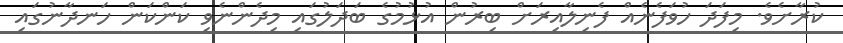
ކުރާށެވެ. މިފަދަ ހުވަފެނެއް ފެނިލާއިރަށް ބިރުން އުޅުމުގެ ބަދަލުގައި މިދެންނެވި ކަންކަން ހަނދާނުގައި